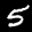
Label: 5